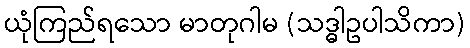
ယုံကြည်ရသော မာတုဂါမ (သဒ္ဓါဥပါသိကာ)